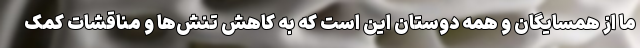
ما از همسایگان و همه دوستان این است که به کاهش تنش‌ها و مناقشات کمک